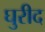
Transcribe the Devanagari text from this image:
घुरीद